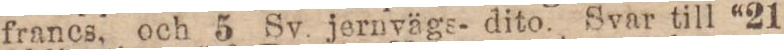
franes, och 5 Sv. jernvägs- dito. Svar till “21